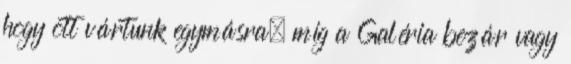
hogy ott vártunk egymásra, míg a Galéria bezár vagy